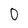
Character: O